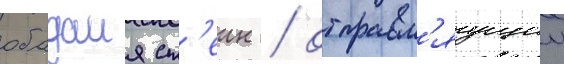
обадаия ст'еин / отправл'яущии